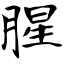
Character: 腥